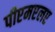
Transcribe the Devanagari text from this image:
पीएमएलए